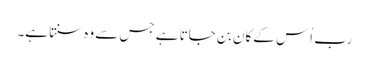
رب اُس کے کان بن جاتا ہے جس سے وہ سنتا ہے۔